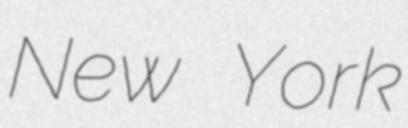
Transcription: New York